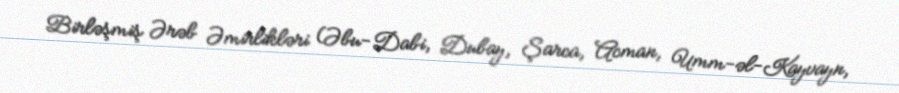
Birləşmiş Ərəb Əmirlikləri (Əbu-Dabi, Dubay, Şarca, Acman, Umm-əl-Kayvayn,